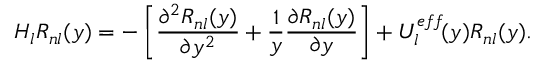
{ \cal H } _ { l } R _ { n l } ( y ) = - \left[ \frac { \partial ^ { 2 } R _ { n l } ( y ) } { \partial y ^ { 2 } } + \frac { 1 } { y } \frac { \partial R _ { n l } ( y ) } { \partial y } \right] + U _ { l } ^ { e f f } \! ( y ) R _ { n l } ( y ) .